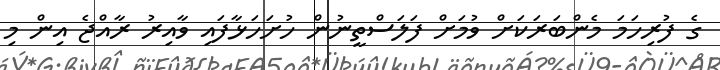
ގެ ފުރިހަމަ މެންބަރަކަށް ވުމަށް ފަލަސްތީނުން ހުށަހަޅާފައި ވާއިރު ރާއްޖެ އިން މި